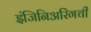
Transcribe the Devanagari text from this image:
इंजिनिअरिंगची